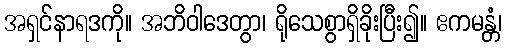
အရှင်နာရဒကို။ အဘိဝါဒေတွာ၊ ရိုသေစွာရှိခိုးပြီး၍။ ဧကမန္တံ၊